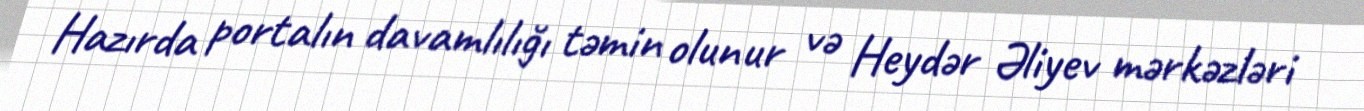
Hazırda portalın davamlılığı təmin olunur və Heydər Əliyev mərkəzləri